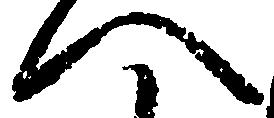
へ